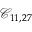
\mathcal { C } _ { 1 1 , 2 7 }